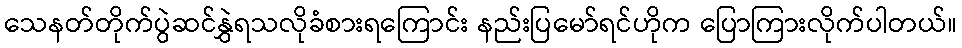
သေနတ်တိုက်ပွဲဆင်နွှဲရသလိုခံစားရကြောင်း နည်းပြမော်ရင်ဟိုက ပြောကြားလိုက်ပါတယ်။